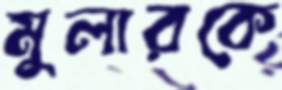
মুলারকে